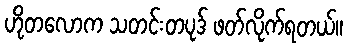
ဟိုတလောက သတင်းတပုဒ် ဖတ်လိုက်ရတယ်။